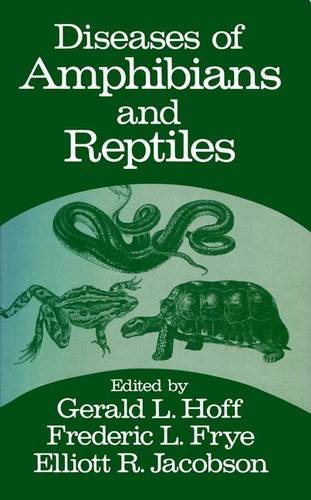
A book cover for Diseases of Amphibians and Reptiles; Medical Books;